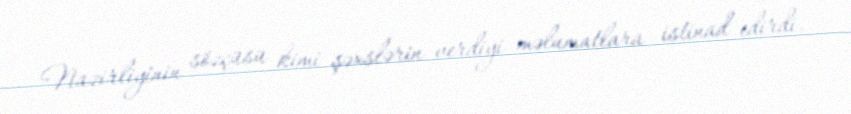
Nazirliyinin sözçüsü kimi şəxslərin verdiyi məlumatlara istinad edirdi.